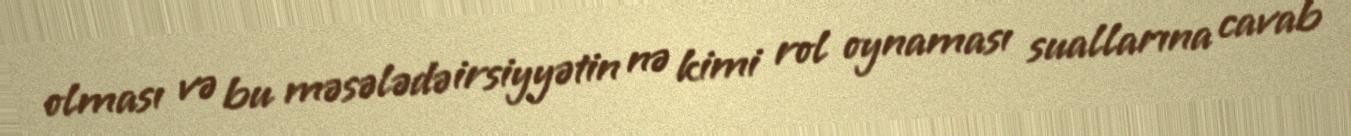
olması və bu məsələdə irsiyyətin nə kimi rol oynaması suallarına cavab